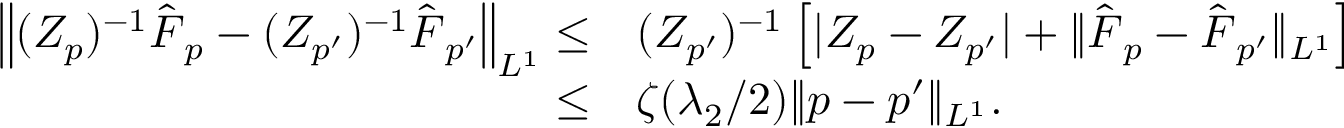
\begin{array} { r l } { \left\| ( Z _ { p } ) ^ { - 1 } \hat { \boldsymbol { F } } _ { p } - ( Z _ { p ^ { \prime } } ) ^ { - 1 } \hat { \boldsymbol { F } } _ { p ^ { \prime } } \right\| _ { L ^ { 1 } } \leq } & { ( Z _ { p ^ { \prime } } ) ^ { - 1 } \left[ | Z _ { p } - Z _ { p ^ { \prime } } | + \| \hat { \boldsymbol { F } } _ { p } - \hat { \boldsymbol { F } } _ { p ^ { \prime } } \| _ { L ^ { 1 } } \right] } \\ { \leq } & { \zeta ( \lambda _ { 2 } / 2 ) \| p - p ^ { \prime } \| _ { L ^ { 1 } } . } \end{array}